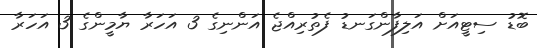
ބޮޑު ސިޓީއަށް އަލިފާންގަނޑު ފެތުރިއްޖެ އަންނިގެ 3 އަހަރާ ޔާމީންގެ 3 އަހަރާ